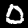
Digit: 0